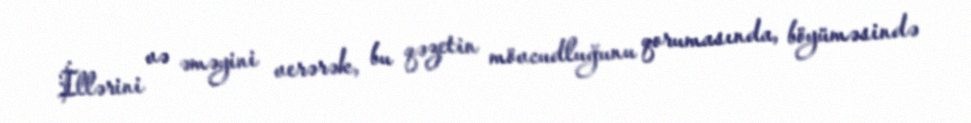
İllərini və əməyini verərək, bu qəzetin mövcudluğunu qorumasında, böyüməsində